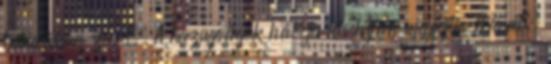
bandában zenél. A hazugságok hálója kis híján megfojtja Maxet,